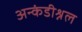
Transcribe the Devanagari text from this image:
अन्कंडीश्नल